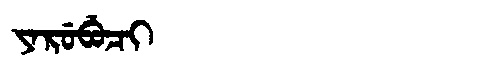
Manchu: ᠶᠠᡵᡠᠪᡠᠴᡳ
Romanization: YARUBUCI